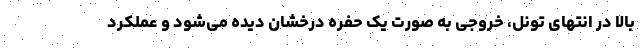
بالا در انتهای تونل، خروجی به صورت یک حفره درخشان دیده می‌شود و عملکرد